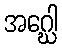
အဂ္ဃေါ